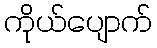
ကိုယ်ပျောက်